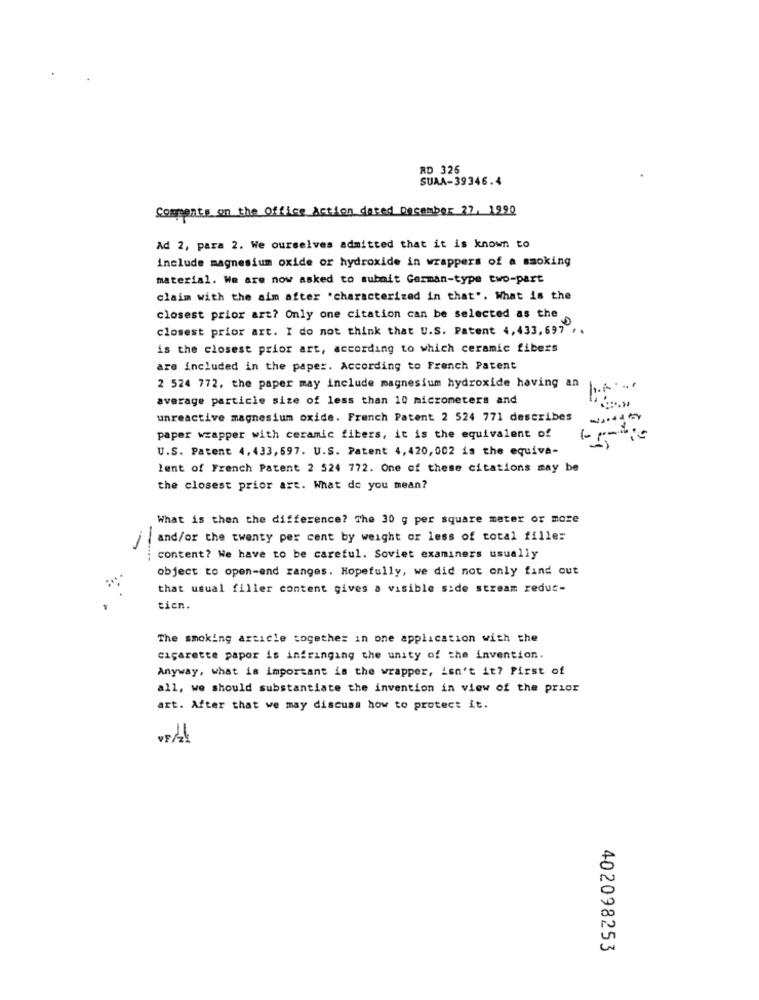
RD 326
SUAA-39346.4
Comments on the Office Action dared December 27, 1990
Ad 2, para 2. We ourselves admitted that it is known to
include magnesium oxide or hydroxide in wrappers of a smoking
material. We are now asked to submit Garman-type two-part
claim with the aim after "characterized in that". What is the
closest prior art? Only one citation can be selected as the
closest prior art. I do not think that U.S. Patent 4,433, 697 ..
is the closest prior art, according to which ceramic fibers
are included in the paper. According to French Patent
2 524 772, the paper may include magnesium hydroxide having an
average particle size of less than 10 micrometers and
unreactive magnesium oxide. French Patent 2 524 771 describes
paper wrapper with ceramic fibers, it is the equivalent of
U.S. Patent 4, 433, 597. U.S. Patent 4, 420,002 is the equiva-
lent of French Patent 2 524 772. One of these citations may be
the closest prior art. What do you mean?
What is then the difference? The 30 g per square meter or more
and/or the twenty per cent by weight or less of total fille:
content? We have to be careful. Soviet examiners usually
object to open-end ranges. Hopefully, we did not only find out
that usual filler content gives a visible side stream reduc-
tien.
The smoking article together in one application with the
cigarette papor is infringing the unity of the invention.
Anyway, what is important is the wrapper, isn't it? First of
all, we should substantiate the invention in view of the prior
art. After that we may discuss how to protect it.
402098253